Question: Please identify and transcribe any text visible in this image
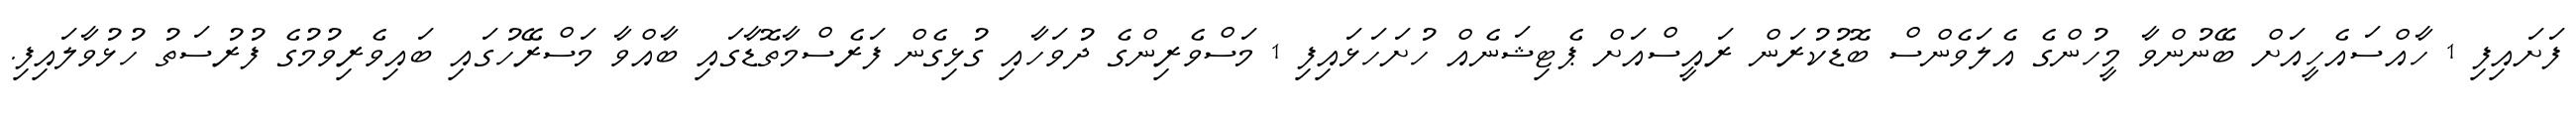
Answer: ފަށައިފި 1 ހާއްސައެހީއަށް ބޭނުންވާ މީހުންގެ އެލަވެންސް ބޮޑުކުރަން ރައީސްއަށް ޕެޓިޝަނެއް ހުށަހަޅައިފި 1 މަސްވެރިންގެ ދުވަހާއި ގުޅިގެން ފަރެސްމާތޮޑާގައި ބާއްވާ މަސްރޭހުގައި ބައިވެރިވުމުގެ ފުރުސަތު ހުޅުވާލައިފި.